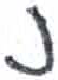
אות: נ